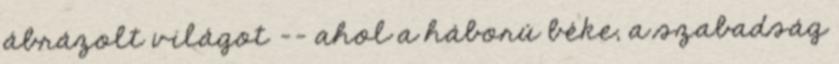
ábrázolt világot -- ahol a háború béke, a szabadság